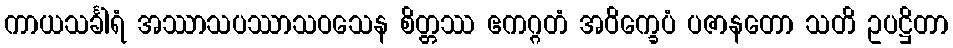
ကာယသင်္ခါရံ အဿာသပဿာသဝသေန စိတ္တဿ ဧကဂ္ဂတံ အဝိက္ခေပံ ပဇာနတော သတိ ဥပဋ္ဌိတာ